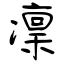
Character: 凜